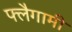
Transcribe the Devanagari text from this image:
फ्लैगामी